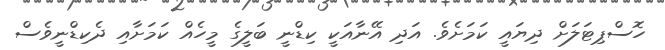
ހޮސްޕިޓަލަށް ދިޔައީ ކަމަށެވެ. އަދި އޭނާއަކީ ކިޑްނީ ބަލީގެ މީހެއް ކަމަށާއި ދެކިޑްނީވެސް